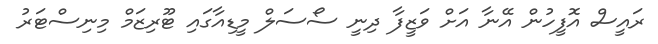
ރައީސް އޮފީހުން އޭނާ އަށް ވަޒީފާ ދިނީ ސޯސަލް މީޑިއާގައި ޓޫރިޒަމް މިނިސްޓަރު